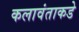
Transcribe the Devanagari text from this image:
कलावंताकडे